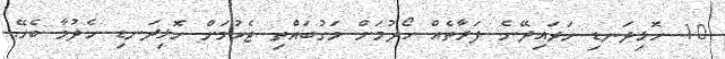
10 ހޮޅިދަނޑި ހަދައިދޭނެ ފަރާތެއް ހޯދުމަށް މަގުބައްތި ޖެހުމަށް ހޮޅިދަނޑި ހެދުމާ ބެހޭ.